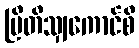
ဗြိတိသျှကောင်စီ